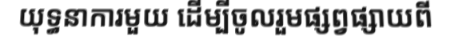
យុទ្ធនាការមួយ ដើម្បីចូលរួមផ្សព្វផ្សាយពី